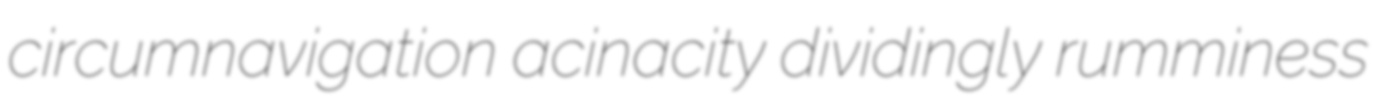
circumnavigation acinacity dividingly rumminess